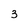
Character: 3